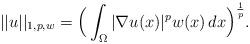
LaTeX: \begin{align*}||u||_{1,p,w}=\Big(\int_{\Omega}|\nabla u(x)|^pw(x)\,dx\Big)^\frac{1}{p}.\end{align*}